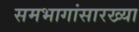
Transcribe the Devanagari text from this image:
समभागांसारख्या